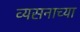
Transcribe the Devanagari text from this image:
व्यसनाच्या